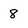
Character: 8